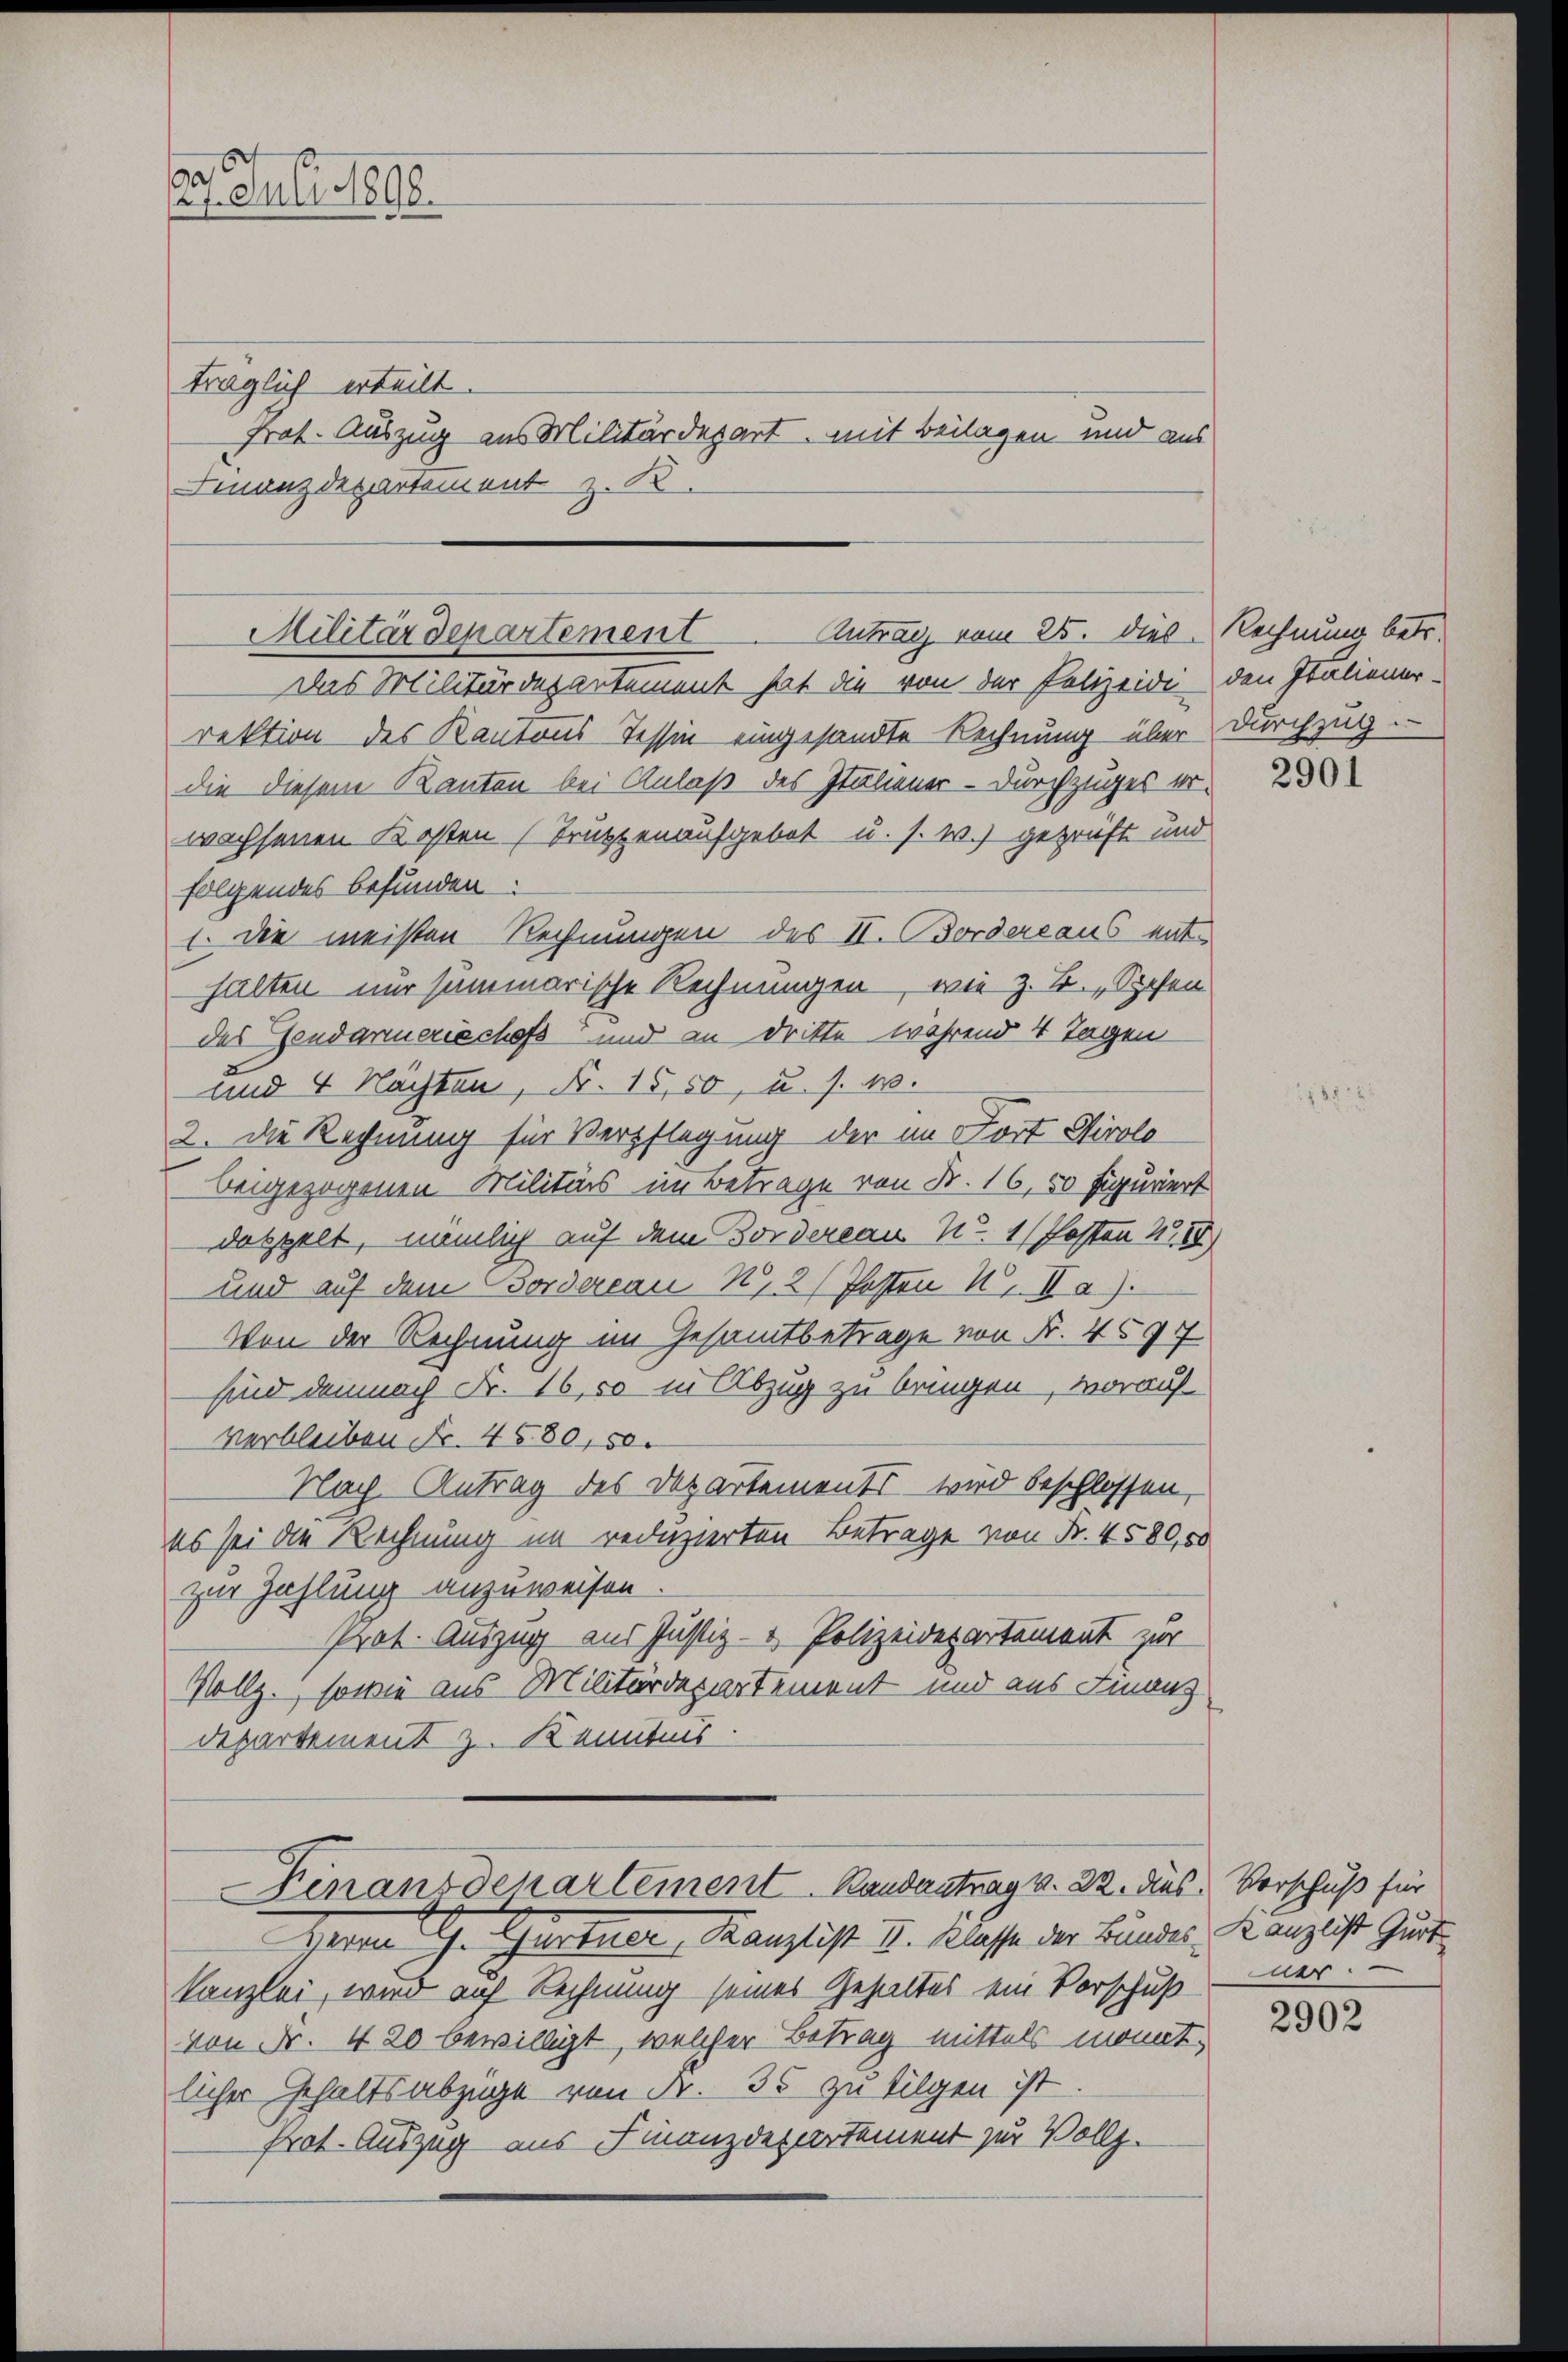
. Juli 1888.
träglich erteilt.
frat. Auszug aus Militärdepart, mit Beilagen und aus
Finanzdepartement z. B.

die diesem Kanton bei Anlaß des Italiener - Durchzuges erwachsenen Kosten Truppenaufgebot u. s. w.) geprüft und
folgendes befunden.
1. die meisten Rechnungen des II. Bordereaus enthalten nur summarische Rechnungen, wie z. B., Spesen
des Gendarmerischefs und an dritte während 4 Tagen
und 4 Nachten, Nr. 15,50, u. s. w.
2. Die Rechnung für Verpflegung der im Fort Stirolo
beigezogenen Militärs im Betrage von Fr. 16, 50 Figuriert
doppelt, nämlich auf dem Fordereau Nr. 1 (Posten 1759)
und auf dem Fordereau K, 2/ Posten K. Ia).
Von der Rechnung im Gesamtbetrage von Fr. 4597
sind demnach Fr. 16,50 in Abzug zu bringen, worauf
Verbleiben Fr. 4580, 50
Nach Antrag des Departements wird beschlossen,
es sei die Rechnung im reduzierten Betrage von Fr. 4580,00
zur Zahlung anzuweisen.
Prat. Auszug aus Justiz- & Polizeidepartement zur
Vollz., sowie aus Militärdepartement und aus Finanz
departement z. Kenntnis.
-Finanzdepartement Randantrag v. 22. dies Vorschuß für
Deren G. Gurtner, Kanzlist u. Klasse der Bundes Kanzeigt Gürte
kanzlei, wird auf Rechnung seines Gehaltes ein Vorschuß
von Nr. 4 20 bewilligt, welcher Betrag mittels monat,
licher Gehaltsabzüge von Fr. 35 zu tilgen ist.
Prot. Auszug aus Finanzdepartement zur Vollz.

Militärdepartement Antrag vom 25. dies
Das Militärdepartement hat die von der Polizeidi den Italiener-
rektion des Kantons Tessin eingesandte Rechnung über

Rechnung betr.
durchzug.

2901

ae

2902